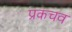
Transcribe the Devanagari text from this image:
प्रकचव